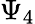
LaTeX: \Psi_{4}